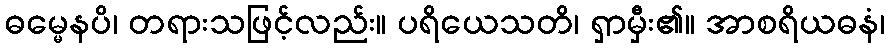
ဓမ္မေနပိ၊ တရားသဖြင့်လည်း။ ပရိယေသတိ၊ ရှာမှီး၏။ အာစရိယဓနံ၊